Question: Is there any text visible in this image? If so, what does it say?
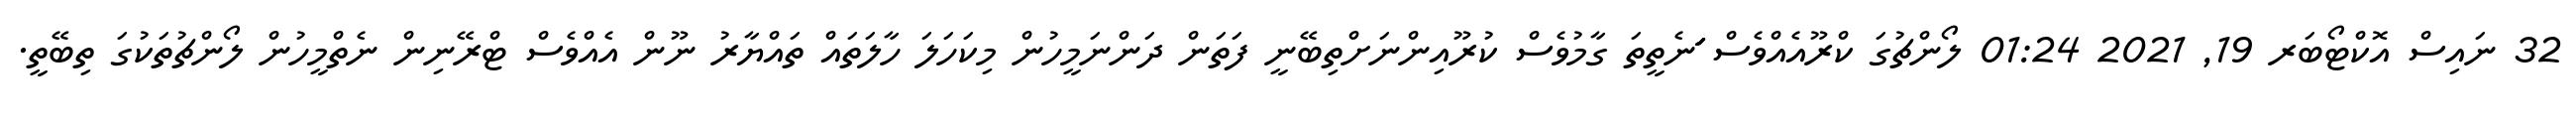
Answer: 32 ނައިސް އޮކްޓޯބަރ 19, 2021 01:24 ލޯންޗުގަ ކްރޫއެއްވެސް ަަަަަަަަަަަަނެތީތަ ގާމުވެސް ކުރޫއިންނަށްތިބޭނީ ފަތަން ދަންނަމީހުން މިކަހަލަ ހާލަތައް ތައްޔާރު ނޫން އެއްވެސް ޓްރޭނިން ނެތްމީހުން ލޯންޗުތަކުގަ ތިބޭތީ.